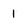
Character: 1